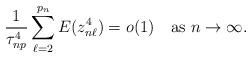
LaTeX: \begin{align*}\frac{1}{\tau_{np}^4}\sum^{p_n}_{\ell=2}E(z_{n\ell}^4)=o(1)~~~\mbox{as }n\to\infty.\end{align*}